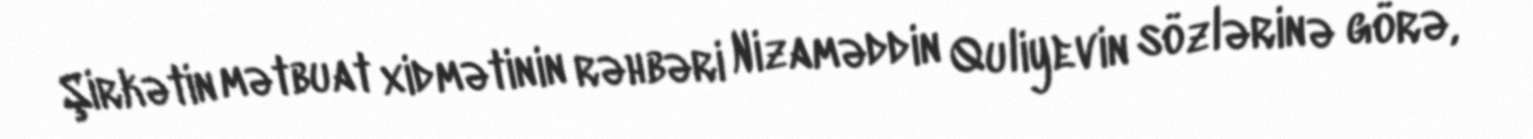
Şirkətin mətbuat xidmətinin rəhbəri Nizaməddin Quliyevin sözlərinə görə,